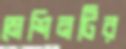
মেশিনটির